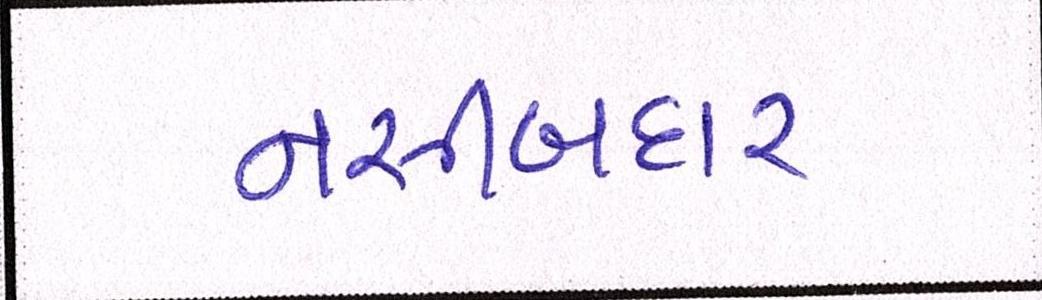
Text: નસીબદાર